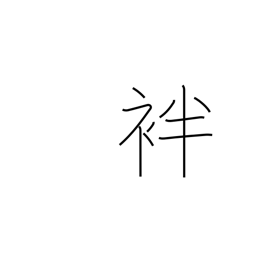
Meaning: summer kimono